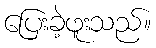
ပြေးခဲ့ဖူးသည်။